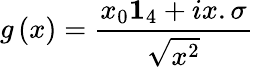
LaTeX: g\left(x\right)=\frac{x_{0}\mathbf{1}_{4}+ix.\sigma}{\sqrt{x^{2}}}